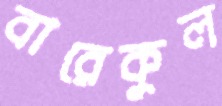
বারেকুল